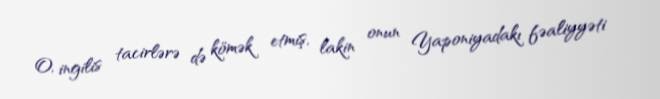
O, ingilis tacirlərə də kömək etmiş, lakin onun Yaponiyadakı fəaliyyəti